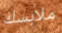
ملابسك